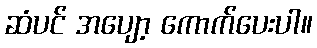
ဆံပင် အပျော့ ကောက်ပေးပါ။